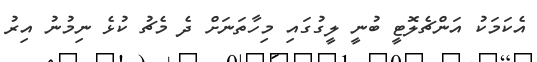
އެކަމަކު އަންޗެލޮޓީ ބުނީ ލީގުގައި މިހާތަނަށް ދެ މެޗު ކުޅެ ނިމުނު އިރު